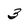
Character: 3